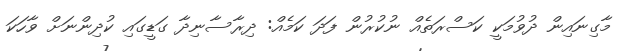
މާގިނައިން ދުވުމަކީ ކަސްރަތެއް ނުކުރުން ފަދަ ކަމެއް: ދިރާސާނިދާ ގަޑީގައި ކުދިންނަށް ވާހަކަ